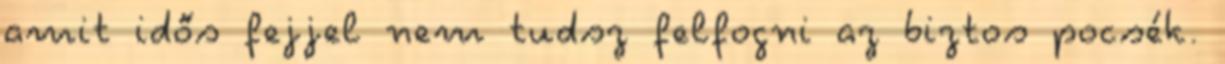
amit idős fejjel nem tudsz felfogni az biztos pocsék.